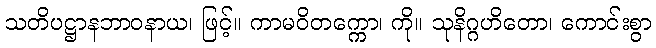
သတိပဋ္ဌာနဘာဝနာယ၊ ဖြင့်။ ကာမဝိတက္ကော၊ ကို။ သုနိဂ္ဂဟိတော၊ ကောင်းစွာ